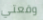
وقعتي